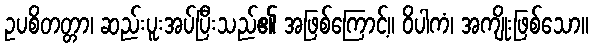
ဥပစိတတ္တာ၊ ဆည်းပူးအပ်ပြီးသည်၏ အဖြစ်ကြောင့်။ ဝိပါကံ၊ အကျိုးဖြစ်သော။